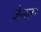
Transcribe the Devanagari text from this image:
जेन्स्लर